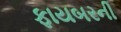
ફાયબરની